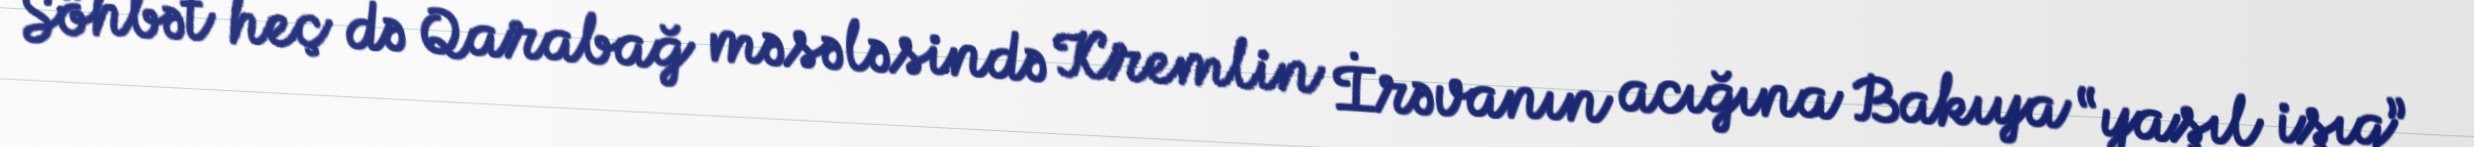
Söhbət heç də Qarabağ məsələsində Kremlin İrəvanın acığına Bakıya “yaşıl işıq”